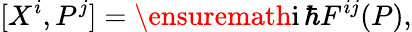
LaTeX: [X^{i},P^{j}]=\ensuremath{\mathrm{i}}\, \hbar F^{ij}(P),